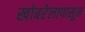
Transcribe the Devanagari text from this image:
खोबरेलापासून